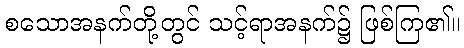
စသောအနက်တို့တွင် သင့်ရာအနက်၌ ဖြစ်ကြ၏။